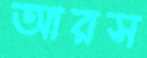
আরস